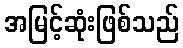
အမြင့်ဆုံးဖြစ်သည်